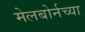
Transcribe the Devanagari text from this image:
मेलबोर्नच्या